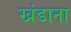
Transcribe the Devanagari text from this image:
खंडाना